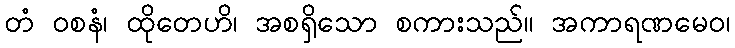
တံ ဝစနံ၊ ထိုတေဟိ၊ အစရှိသော စကားသည်။ အကာရဏမေဝ၊